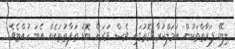
ލިބޭ ފަރާތްތަކުން އަމަލްކުރާ ގޮތުގައި ވެސް ވަރަށް ބޮޑު ތަފާތުތަކެއް އެބަ ހުއްޓެވެ.